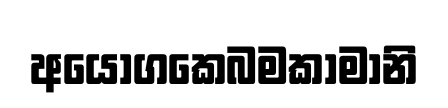
අයොගකෙබමකාමානි